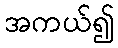
အကယ်၍